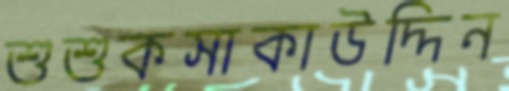
শুশুকসাকাউদ্দিন